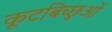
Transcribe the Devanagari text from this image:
कूटबिच्छुओं